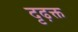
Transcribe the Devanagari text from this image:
दृढ़क्त